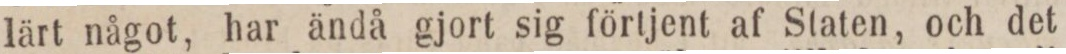
lärt något, har ändå gjort sig förtjent af Staten, och det